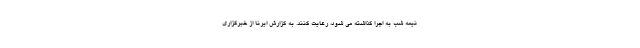
نیمه شب به اجرا گذاشته می شود، رعایت کنند. به گزارش ایرنا از خبرگزاری